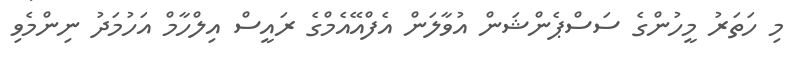
މި ހަތަރު މީހުންގެ ސަސްޕެންޝަން އުވާލަން އެފްއޭއެމްގެ ރައީސް އިލްހާމް އަހުމަދު ނިންމެވި